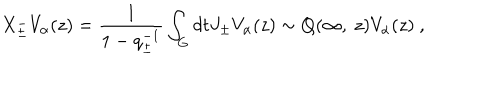
X _ { \pm } ^ { - } V _ { \alpha } ( z ) = \frac { 1 } { 1 - q _ { \pm } ^ { - 1 } } \int _ { G } d t J _ { \pm } V _ { \alpha } ( z ) \sim Q ( \infty , ~ z ) V _ { \alpha } ( z ) ~ ,